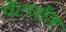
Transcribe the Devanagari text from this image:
पेंटानॉल